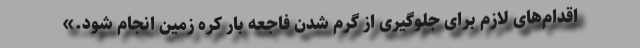
اقدام‌های لازم برای جلوگیری از گرم شدن فاجعه بار کره زمین انجام شود.»